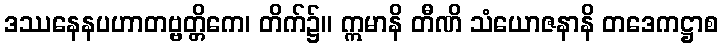
ဒဿနေနပဟာတဗ္ဗတ္တိကေ၊ တိက်၌။ ဣမာနိ တီဏိ သံယောဇနာနိ တဒေကဋ္ဌာစ